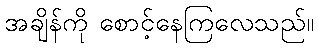
အချိန်ကို စောင့်နေကြလေသည်။